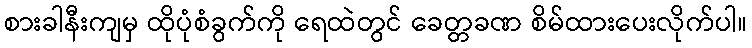
စားခါနီးကျမှ ထိုပုံစံခွက်ကို ရေထဲတွင် ခေတ္တခဏ စိမ်ထားပေးလိုက်ပါ။